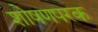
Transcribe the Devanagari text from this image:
शोषणपरक